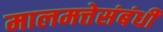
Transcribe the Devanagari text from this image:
मालमत्तेसंबंधी